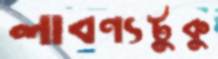
লাবণ্যটুকু